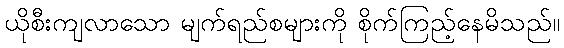
ယိုစီးကျလာသော မျက်ရည်စများကို စိုက်ကြည့်နေမိသည်။